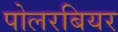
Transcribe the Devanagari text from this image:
पोलरबियर